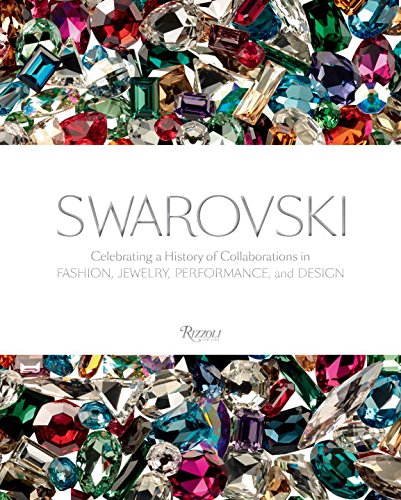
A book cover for Swarovski: Celebrating a History of Collaborations in Fashion, Jewelry, Performance, and Design; Deborah Landis; Humor & Entertainment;